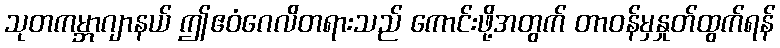
သုတကမ္ဘာဂျာနယ် ဤဧဝံဂေလိတရားသည် ကောင်းဖို့အတွက် တာဝန်မှနှုတ်ထွက်ရန်